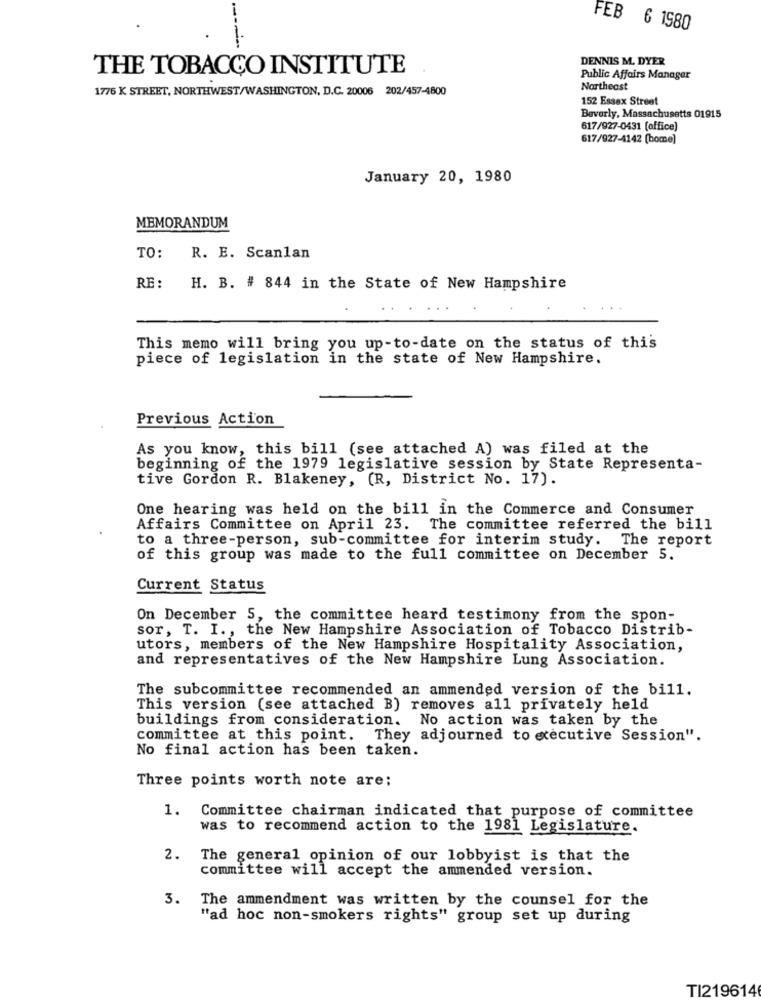
FEB 6 1980
DENNIS M. DYER
THE TOBACCO INSTITUTE
Public Affairs Manager
1776 K STREET, NORTHWEST/WASHINGTON, D.C. 20006 202/457-4800
Northeast
152 Essex Street
Beverly, Massachusetts 01915
617/927-0431 (office)
617/927-4142 (home)
January 20, 1980
MEMORANDUM
TO:
R. E. Scanlan
RE:
H. B. # 844 in the State of New Hampshire
This memo will bring you up-to-date on the status of this
piece of legislation in the state of New Hampshire.
Previous Action
As you know, this bill (see attached A) was filed at the
beginning of the 1979 legislative session by State Representa-
tive Gordon R. Blakeney, (R, District No. 17).
One hearing was held on the bill in the Commerce and Consumer
Affairs Committee on April 23. The committee referred the bill
to a three-person, sub-committee for interim study. The report
of this group was made to the full committee on December 5.
Current Status
On December 5, the committee heard testimony from the spon-
sor, T. I ., the New Hampshire Association of Tobacco Distrib-
utors, members of the New Hampshire Hospitality Association,
and representatives of the New Hampshire Lung Association.
The subcommittee recommended an ammended version of the bill.
This version (see attached B) removes all privately held
buildings from consideration. No action was taken by the
committee at this point. They adjourned to executive Session".
No final action has been taken.
Three points worth note are;
1.
Committee chairman indicated that purpose of committee
was to recommend action to the 1981 Legislature.
2.
The general opinion of our lobbyist is that the
committee will accept the ammended version.
3.
The ammendment was written by the counsel for the
"ad hoc non-smokers rights" group set up during
TI2196146